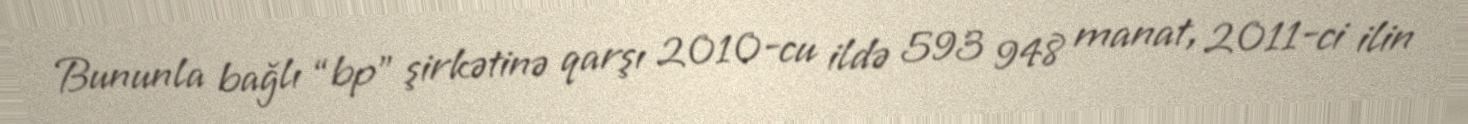
Bununla bağlı “bp” şirkətinə qarşı 2010-cu ildə 593 948 manat, 2011-ci ilin